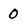
Character: 0